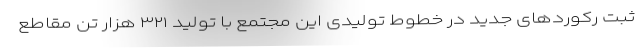
ثبت رکوردهای جدید در خطوط تولیدی این مجتمع با تولید ۳۲۱ هزار تن مقاطع